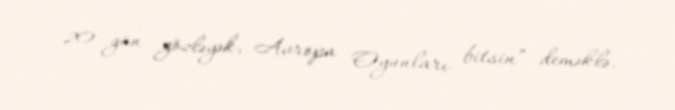
20 gün gözləyək, Avropa Oyunları bitsin” deməklə.